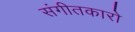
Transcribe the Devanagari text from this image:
संगीतकारो